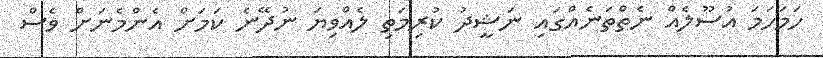
ހަމަހަމަ އުސޫލެއް ނެތްތަނެއްގައި ނަޝީދު ކުރިމަތި ލެއްވިޔަ ނުދޭނެ ކަމަށް އެންމެނަށް ވެސް